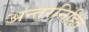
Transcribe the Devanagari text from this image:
अन्तरनिहित